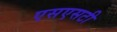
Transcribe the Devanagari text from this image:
एसएसटी